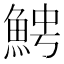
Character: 𩶍